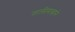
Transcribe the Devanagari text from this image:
तालीमखाने